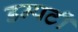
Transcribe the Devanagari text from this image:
डम्पटी